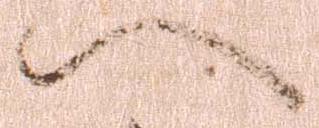
へ